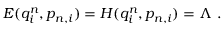
E ( q _ { i } ^ { n } , p _ { n , i } ) = H ( q _ { i } ^ { n } , p _ { n , i } ) = \Lambda \ .